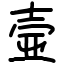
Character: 壸